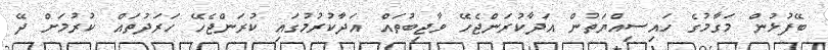
ބޭފުޅުން މަގާމުގެ ހައިސިއްޔަތުން އަދާކުރަންޖެހޭ ވާޖިބުތައް އަދާކުރުމުގައި ކުރަންޖެހޭ ހަރަދުތައް ކުރުމަށް ދޭ